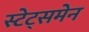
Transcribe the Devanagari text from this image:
स्टेट्समेन